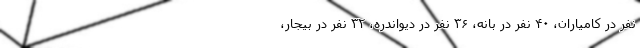
نفر در کامیاران، ۴۰ نفر در بانه، ۳۶ نفر در دیواندره، ۳۲ نفر در بیجار،